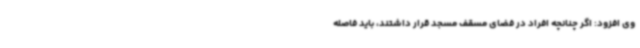
وی افزود: اگر چنانچه افراد در فضای مسقف مسجد قرار داشتند، باید فاصله